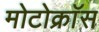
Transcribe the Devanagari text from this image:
मोटोक्राॅस